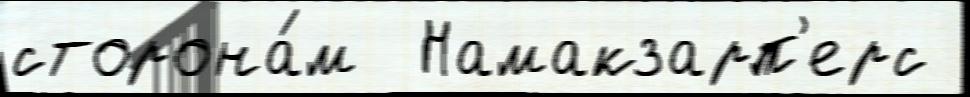
сторона́м  Намакзарп'ерс